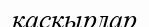
қасқырлар